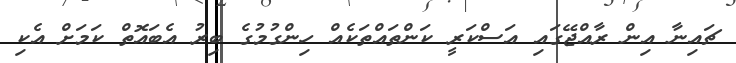
ޗައިނާ އިން ރާއްޖޭގައި އަސްކަރީ ކަންތައްތަކެއް ހިންގުމުގެ ބިރު އެބައޮތް ކަމަށް އެކި